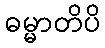
ဓမ္မာတိပိ